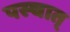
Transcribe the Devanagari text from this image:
पस्चात्